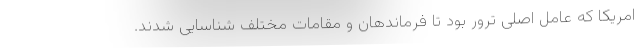
امریکا که عامل اصلی ترور بود تا فرماندهان و مقامات مختلف شناسایی شدند.